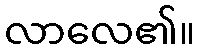
လာလေ၏။